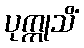
ပုက္ကုသိံ